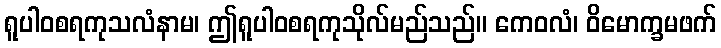
ရူပါဝစရကုသလံနာမ၊ ဤရူပါဝစရကုသိုလ်မည်သည်။ ကေဝလံ၊ ဝိမောက္ခမဖက်